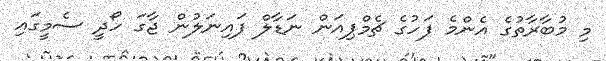
މި މުބާރާތުގެ އެންމެ ފަހުގެ ޗެމްޕިއަން ނަޑާލް ފައިނަލުން ޖާގަ ހޯދީ ސެމީގައި